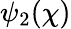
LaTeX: \psi_{2}(\chi)